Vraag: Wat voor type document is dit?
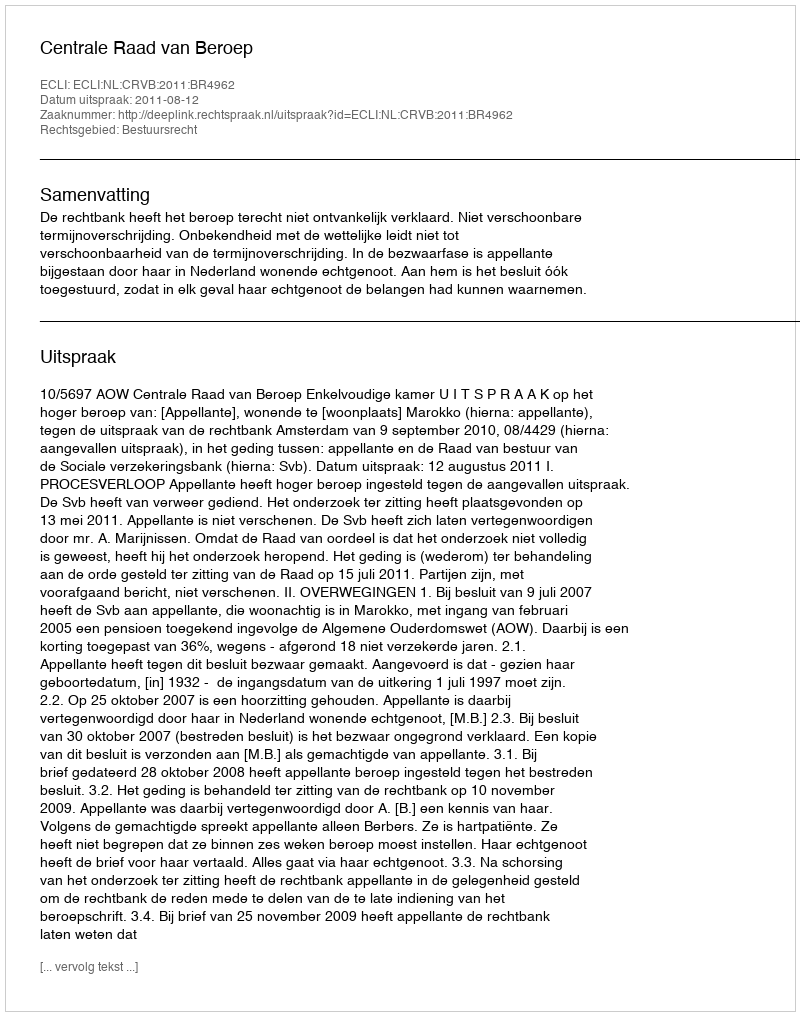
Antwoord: Uitspraak